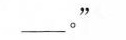
___。”